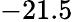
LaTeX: -21.5